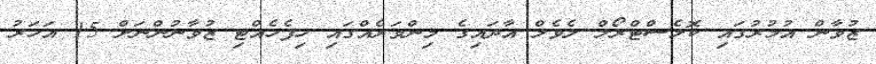
ޒުވާން އުމުރުގައި ކޮލެސްޓްރޯލް ލެވެލް އާދައިގެ މިންވަރެއްގައި ހިފެހެއްޓި ޒުވާނުންނަށް 15 އަހަރު